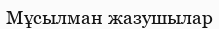
Мұсылман жазушылар